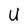
Character: U